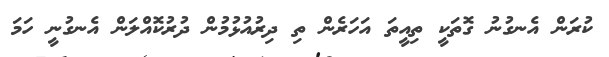
ކުރަން އެނގުނު ގޮތަކީ ތިއީތަ އަހަރެން ތި ދިރުއުޅުމުން ދުރުކޮއްލަން އެނގުނީ ހަމަ